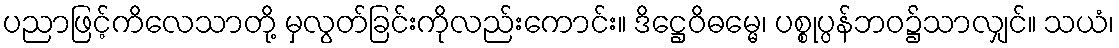
ပညာဖြင့်ကိလေသာတို့ မှလွတ်ခြင်းကိုလည်းကောင်း။ ဒိဋ္ဌေဝိဓမ္မေ၊ ပစ္စုပ္ပန်ဘဝ၌သာလျှင်။ သယံ၊